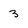
Character: 3